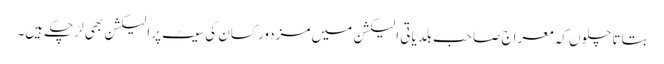
بتاتا چلوں کہ معراج صاحب بلدیاتی الیکشن میں مزدور کسان کی سیٹ پر الیکشن بھی لڑچکے ہیں۔